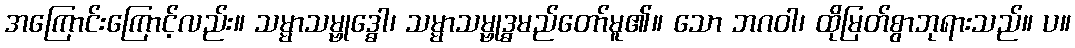
အကြောင်းကြောင့်လည်း။ သမ္မာသမ္ဗုဒ္ဓေါ၊ သမ္မာသမ္ဗုဒ္ဓမည်တော်မူ၏။ သော ဘဂဝါ၊ ထိုမြတ်စွာဘုရားသည်။ ပ။